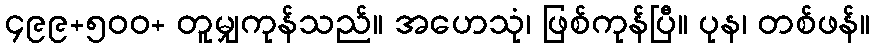
၄၉၉+၅၀၀+ တူမျှကုန်သည်။ အဟေသုံ၊ ဖြစ်ကုန်ပြီ။ ပုန၊ တစ်ဖန်။